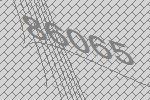
86065